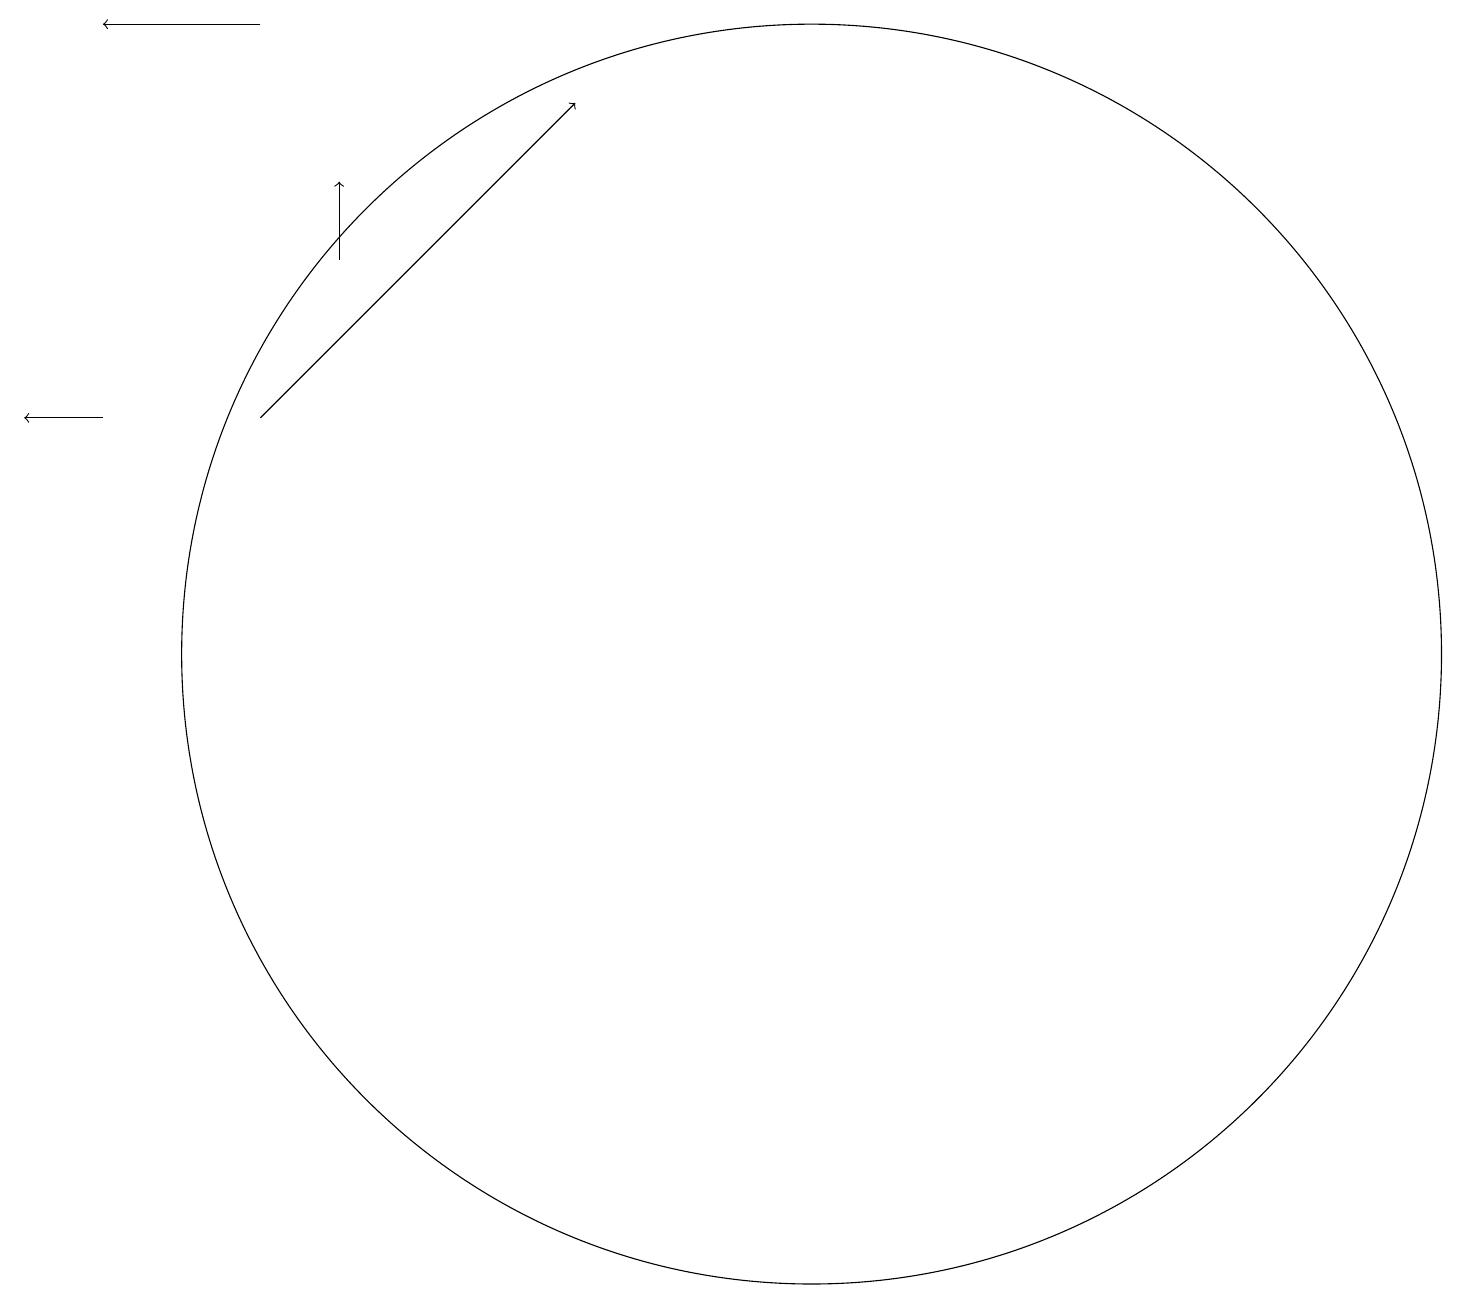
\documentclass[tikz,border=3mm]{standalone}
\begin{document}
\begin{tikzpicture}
\draw[->] (3,19) -- (1,19);
\draw[->] (1,14) -- (0,14);
\draw[->] (4,16) -- (4,17);
\draw (10,11) circle (8);
\draw[->] (3,14) -- (7,18);
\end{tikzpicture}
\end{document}